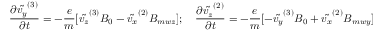
\frac { \partial \tilde { v _ { y } } ^ { ( 3 ) } } { \partial t } = - \frac { e } { m } [ \tilde { v _ { z } } ^ { ( 3 ) } B _ { 0 } - \tilde { v _ { x } } ^ { ( 2 ) } B _ { m w z } ] ; \quad \frac { \partial \tilde { v _ { z } } ^ { ( 2 ) } } { \partial t } = - \frac { e } { m } [ - \tilde { v _ { y } } ^ { ( 3 ) } B _ { 0 } + \tilde { v _ { x } } ^ { ( 2 ) } B _ { m w y } ]